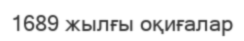
1689 жылғы оқиғалар